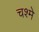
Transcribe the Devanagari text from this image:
चश्‍मे